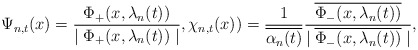
\begin{align*}\Psi_{n,t}(x)=\frac{\Phi_{+}(x,\lambda_{n}(t))}{\mid\Phi_{+}(x,\lambda_{n}(t))\mid},\chi_{n,t}(x))=\frac{1}{\overline{\alpha_{n}(t)}}\frac{\overline{\Phi_{-}(x,\lambda_{n}(t))}}{\mid\overline{\Phi_{-}(x,\lambda_{n}(t))}\mid},\end{align*}